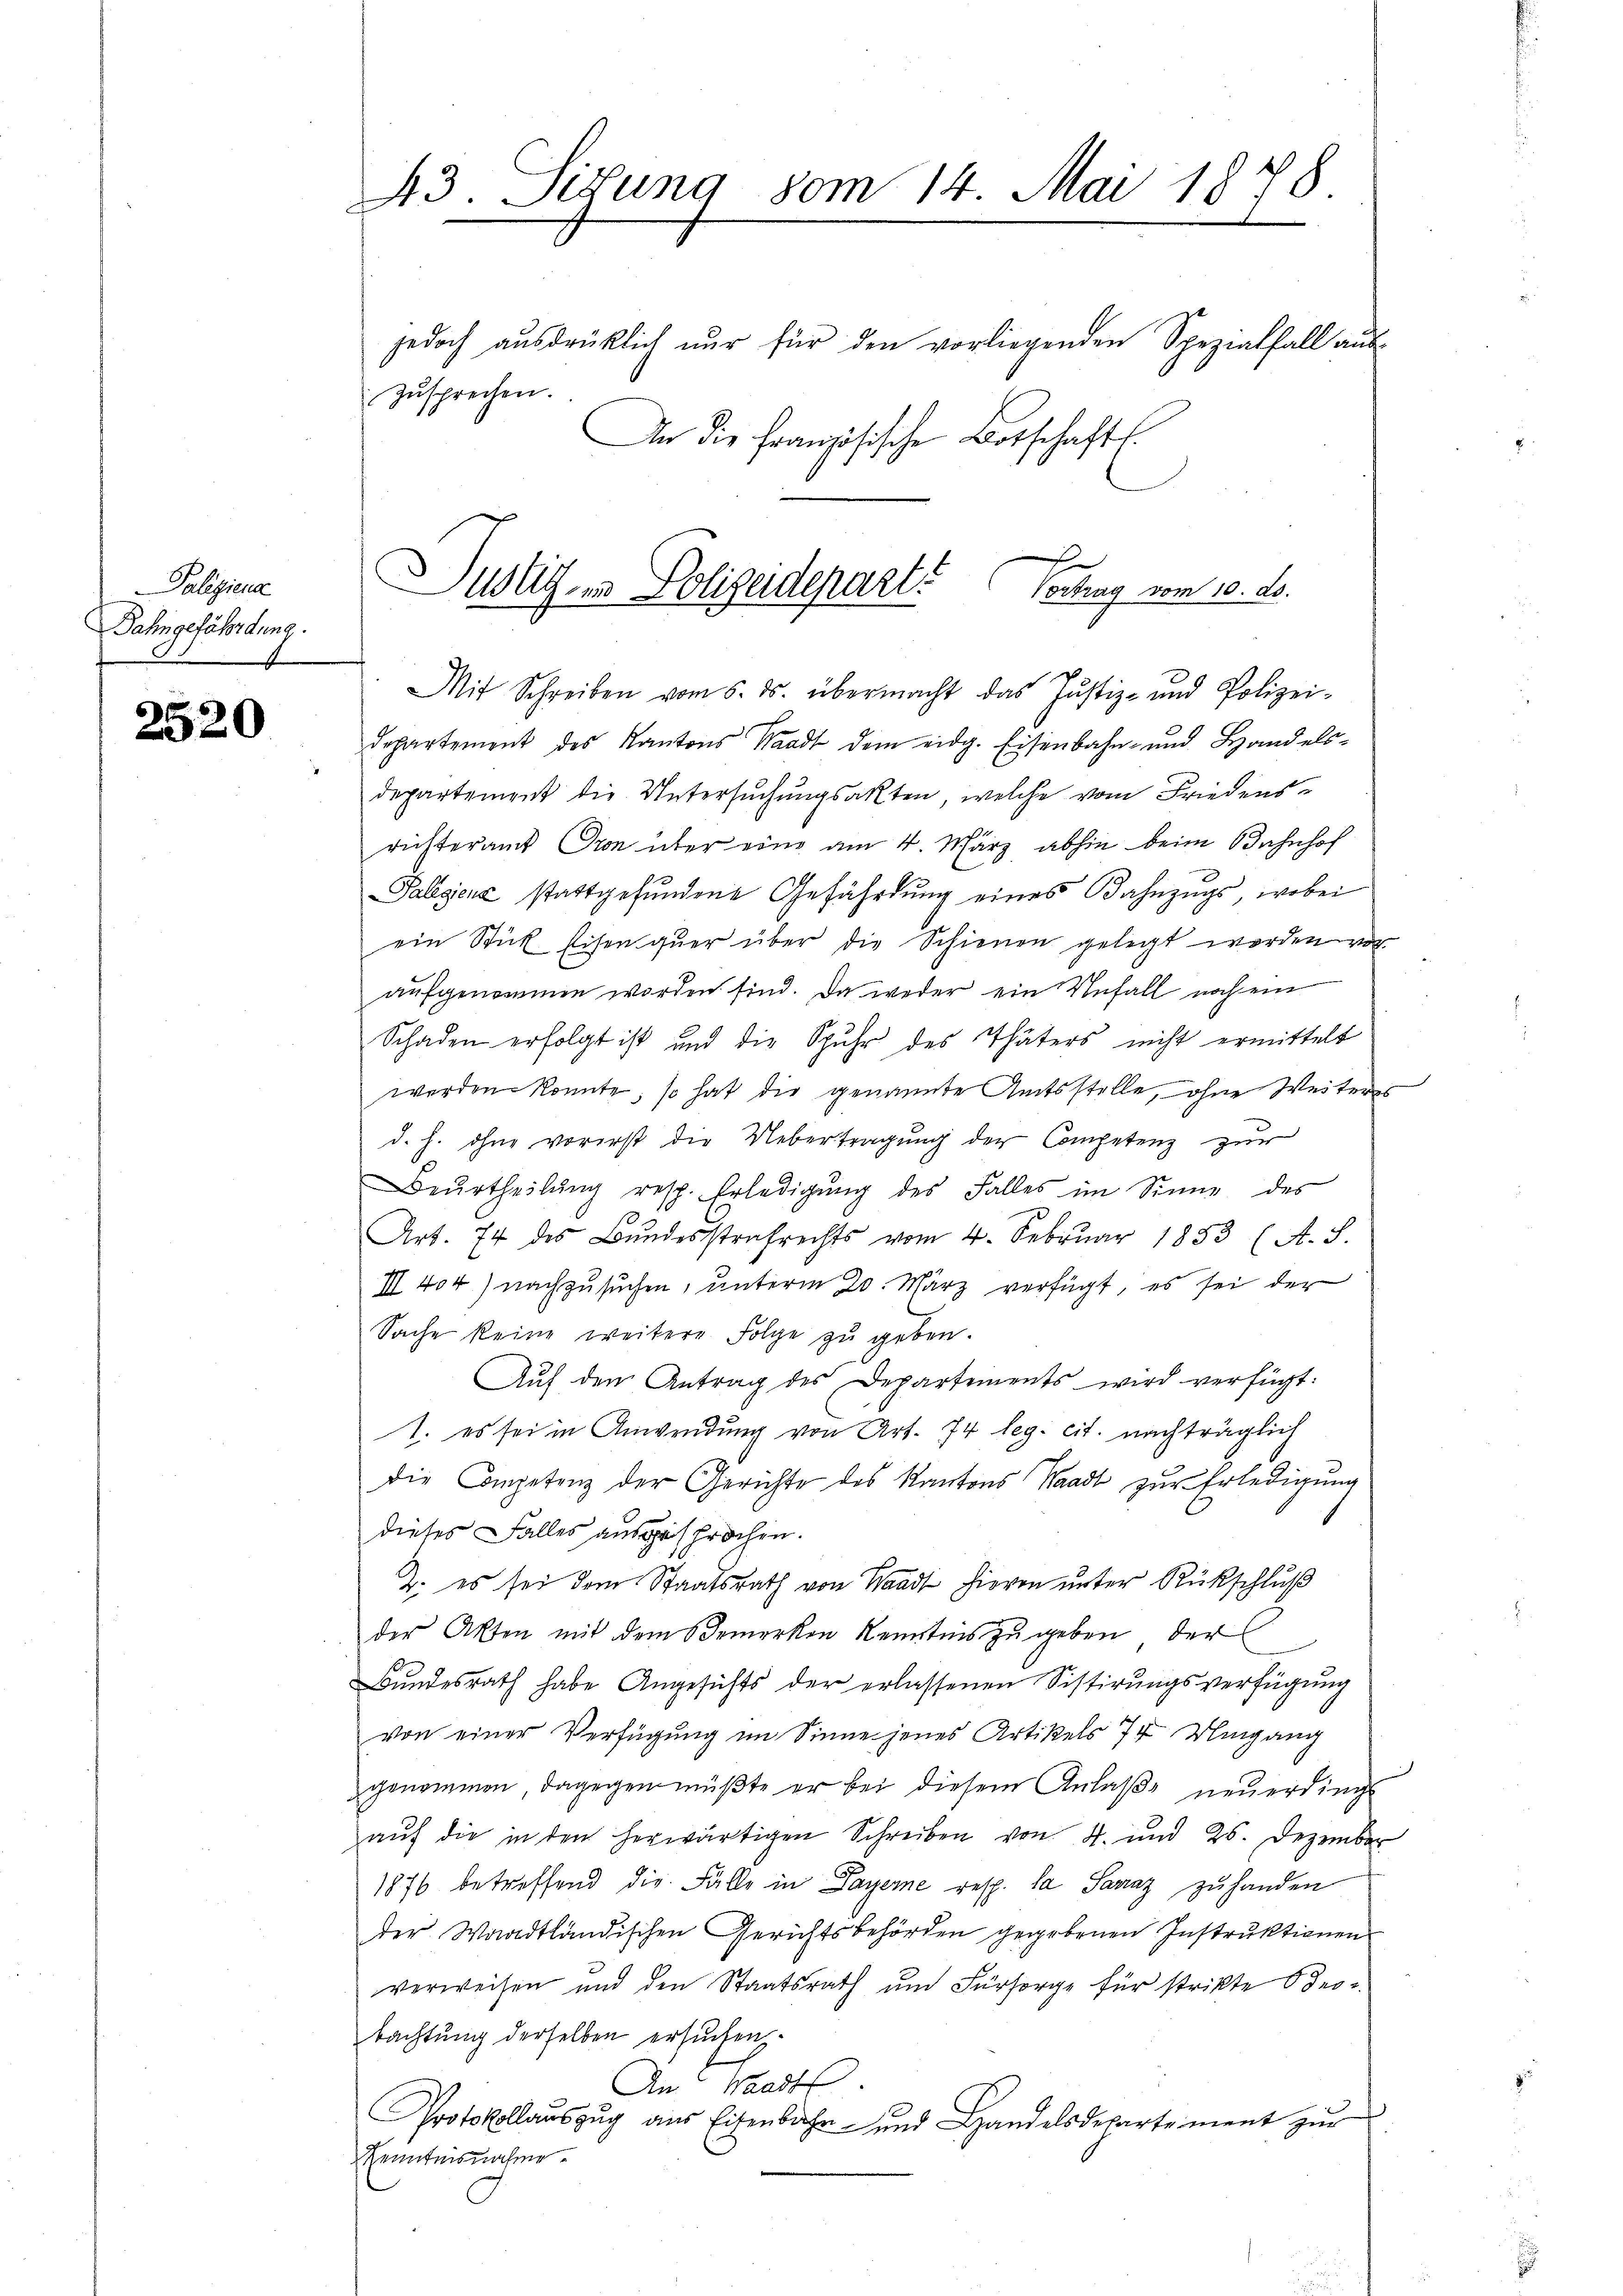
Paliziera
Jahngefährdung.

2520

43. Situng vom 14. Mai 1888

jedoch ausdrüklich nur für den vorliegenden Spezialfall aus-
Zusprechen.
An die französische Botschaft.

hr
ustiz in Polizeidepart
Vortrag vom 10. ds.
Mit Schreiben vom 5. ds. übermacht das Justiz- und Polizei-

Departement des Kantons Waadt dem eidg. Eisenbahn- und Handels-
departement die Untersuchungsakten, welche vom Friedensrichteramt Oron über eine am 4. März abhin beim Bahnhof
Palegens stattgefŭndene Gefährdung eines Bahnzugs, wobei
ein Stick Eisen quer über die Schienen gelegt werden ver
aufgenommen worden sind. Da weder ein Unfall noch ein
Schaden erfolgt ist und die Spuhr des Thäters nicht ermittelt
werden konnte, so hat die genannte Amtsstelle, ohne Weiters
d. h. ohne vorerst die Uebertragung der Competenz zur
Beŭrtheilŭng resp. Erledigŭng des Falles im Sinne des
Art. 74 des Bŭndesstrafrechts vom 4. Febrŭar 1853 (A. S.
III 404) nachzusuchen, unterm 20. März verfügt, es sei der
Sache keine weitere Folge zŭ geben.
Aŭf den Antrag des Departements wird verfügt:
1. es sei in Anwendung von Art. 74 leg. cit. nachträglich
die Competenz der Gerichte des Kantons Waadt zur Erledigung
dieses Falles ausgesprochen.
2. es sei dem Staatsrath von Waadt hievon unter Rückschluß
der Akten mit dem Bemerken Kenntnis zu geben, der
Bundesrath habe Angesichts der erlassenen Sistirungsverfügung
von einer Verfügung im Sinne jenes Artikels 7 Umgang
genommen, dagegen müβte er bei diesem Anlaβe neŭerdings
aŭf die in den herwärtigen Schreiben von 4. und 25. Dezember
1876 betreffend die Falle in Payerne resp. da Saraz zŭ handen
der Waadtländischen Gerichtsbehörden gegebenen Instruktionen
verweisen und den Staatsrath ŭm Fürsorge für strikte dro
bachtung derselben ersuchen.
An Waadt.
Protokollaŭszŭg ans Eisenbahr und Handelsdepartement zŭr
Kenntnisnahme.